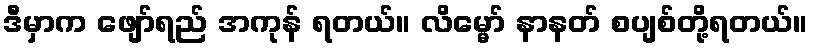
ဒီမှာက ဖျော်ရည် အကုန် ရတယ်။ လိမ္မော် နာနတ် စပျစ်တို့ရတယ်။